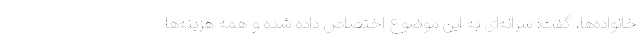
خانواده‌ها، گفت: سرانه‌ای به این موضوع اختصاص داده شده و همه هزینه‌ها